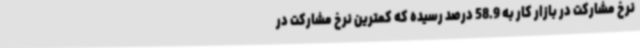
نرخ مشارکت در بازار کار به 58.9 درصد رسیده که کمترین نرخ مشارکت در